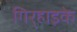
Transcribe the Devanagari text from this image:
गिर्‍हाइके